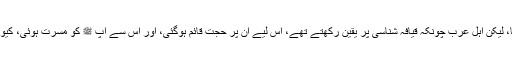
حضرت اسامہ بن زید تو ثابت النسب تھے، اور کسی کو اس میں شک نہ تھا، لیکن اہلِ عرب چونکہ قیافہ شناسی پر یقین رکھتے تھے، اس لیے اُن پر حجت قائم ہوگئی، اور اس سے آپ ﷺ کو مسرّت ہوئی، کیونکہ حضرت اسامہ بن زید کا لقب ’’حِبُّ رَسولِ اللّٰہ‘‘ یعنی محبوبِ رسول تھا۔